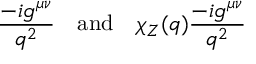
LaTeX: \frac { - i g ^ { \mu \nu } } { q ^ { 2 } } \quad \mathrm { a n d } \quad \chi _ { Z } ( q ) \frac { - i g ^ { \mu \nu } } { q ^ { 2 } }